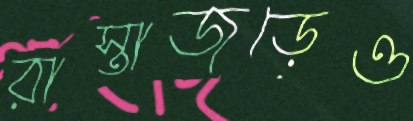
রাস্তাজুড়েও